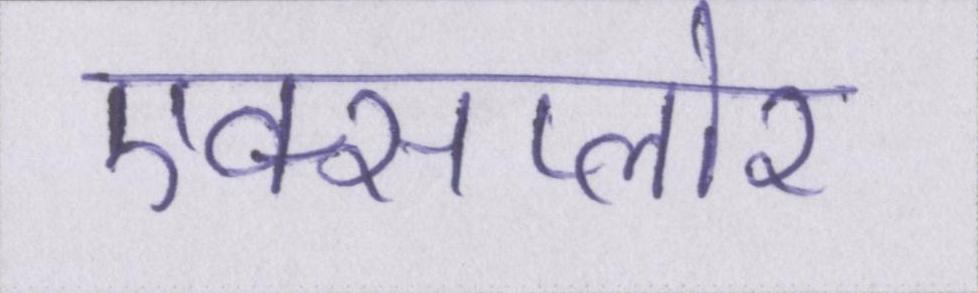
एक्सप्लोर